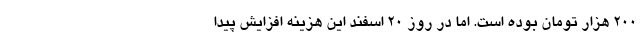
200 هزار تومان بوده است. اما در روز 20 اسفند این هزینه افزایش پیدا